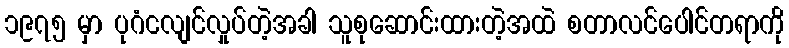
၁၉၇၅ မှာ ပုဂံငလျင်လှုပ်တဲ့အခါ သူစုဆောင်းထားတဲ့အထဲ စတာလင်ပေါင်တရာကို